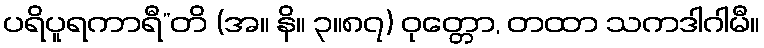
ပရိပူရကာရီ”တိ (အ။ နိ။ ၃။၈၇) ဝုတ္တော, တထာ သကဒါဂါမီ။